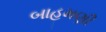
બાહમણી